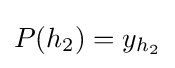
P(h_{2})=y_{h_{2}}